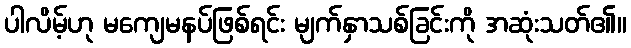
ပါလိမ့်ဟု မကျေမနပ်ဖြစ်ရင်း မျက်နှာသစ်ခြင်းကို အဆုံးသတ်၏။